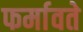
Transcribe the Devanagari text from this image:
फर्मावते